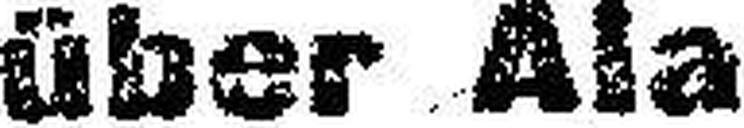
über Ala